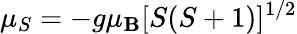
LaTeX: \mu_{S}=-g\mu_{\mathbf{B}}[S(S+1)]^{1/2}